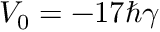
V _ { 0 } = - 1 7 \hbar \gamma